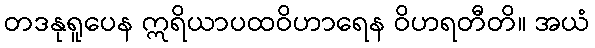
တဒနုရူပေန ဣရိယာပထဝိဟာရေန ဝိဟရတီတိ။ အယံ